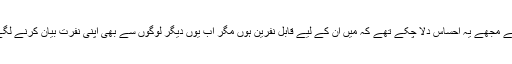
وہ بارہا اپنے رویوں، لفظوں سے مجھے یہ احساس دلا چکے تھے کہ میں ان کے لیے قابلِ نفرین ہوں مگر اب یوں دیگر لوگوں سے بھی اپنی نفرت بیان کرنے لگے کہ مجھے یقین نہیں آرہا تھا۔